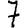
Digit: 7